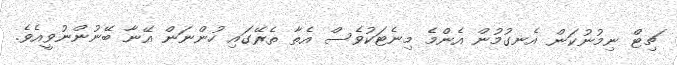
ޗިޓް ނިމުނުކަން އެނގުމުން އެންމެ މިނެޓަކުވެސް އެތާ ތެރޭގައި ހުންނަން އޭނާ ބޭނުންނުވީއެވެ.